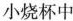
小烧杯中